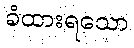
ခံထားရသော